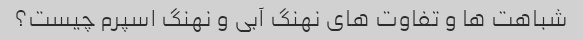
شباهت ها و تفاوت های نهنگ آبی و نهنگ اسپرم چیست؟